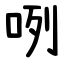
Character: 咧